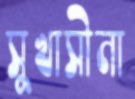
সুখাসীনা